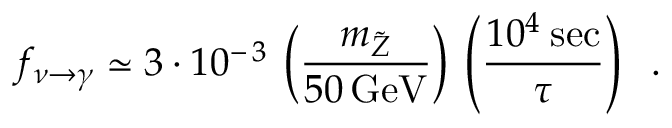
f _ { \nu \rightarrow \gamma } \simeq 3 \cdot 1 0 ^ { - \, 3 } \: \left( \frac { m _ { \tilde { Z } } } { 5 0 \, \mathrm { G e V } } \right) \: \left( \frac { 1 0 ^ { 4 } \: \mathrm { s e c } } { \tau } \right) \; \; .